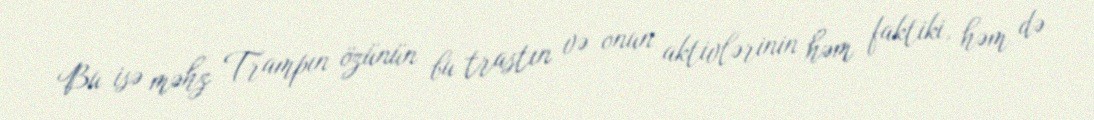
Bu isə məhz Trampın özünün bu trastın və onun aktivlərinin həm faktiki, həm də